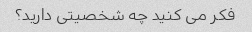
فکر می کنید چه شخصیتی دارید؟